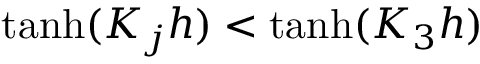
\operatorname { t a n h } ( K _ { j } h ) < \operatorname { t a n h } ( K _ { 3 } h )